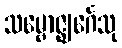
သမ္ဗောဇ္ဈင်္ဂေသု